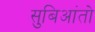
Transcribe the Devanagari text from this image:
सुबिआंतो